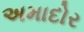
અમાદોર